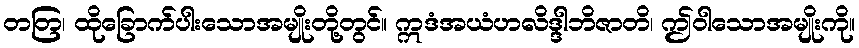
တတြ၊ ထိုခြောက်ပါးသောအမျိုးတို့တွင်။ ဣဒံအယံဟလိဒ္ဒါဘိဇာတိ၊ ဤဝါသောအမျိုးကို။